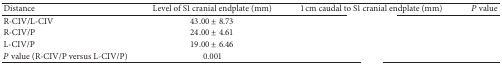
<table><thead><tr><td><b>Distance</b></td><td><b>Level of S1 cranial endplate (mm)</b></td><td><b>1 cm caudal to S1 cranial endplate (mm)</b></td><td><b><i>P</i> value</b></td></tr></thead><tbody><tr><td>R-CIV/L-CIV</td><td>43.00 ± 8.73</td><td>[EMPTY_CELL]</td><td>[EMPTY_CELL]</td></tr><tr><td>R-CIV/P</td><td>24.00 ± 4.61</td><td>[EMPTY_CELL]</td><td>[EMPTY_CELL]</td></tr><tr><td>L-CIV/P</td><td>19.00 ± 6.46</td><td>[EMPTY_CELL]</td><td>[EMPTY_CELL]</td></tr><tr><td><i>P</i> value (R-CIV/P versus L-CIV/P)</td><td>0.001</td><td>[EMPTY_CELL]</td><td>[EMPTY_CELL]</td></tr></tbody></table>